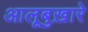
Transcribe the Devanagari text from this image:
आलूबुख़ारे